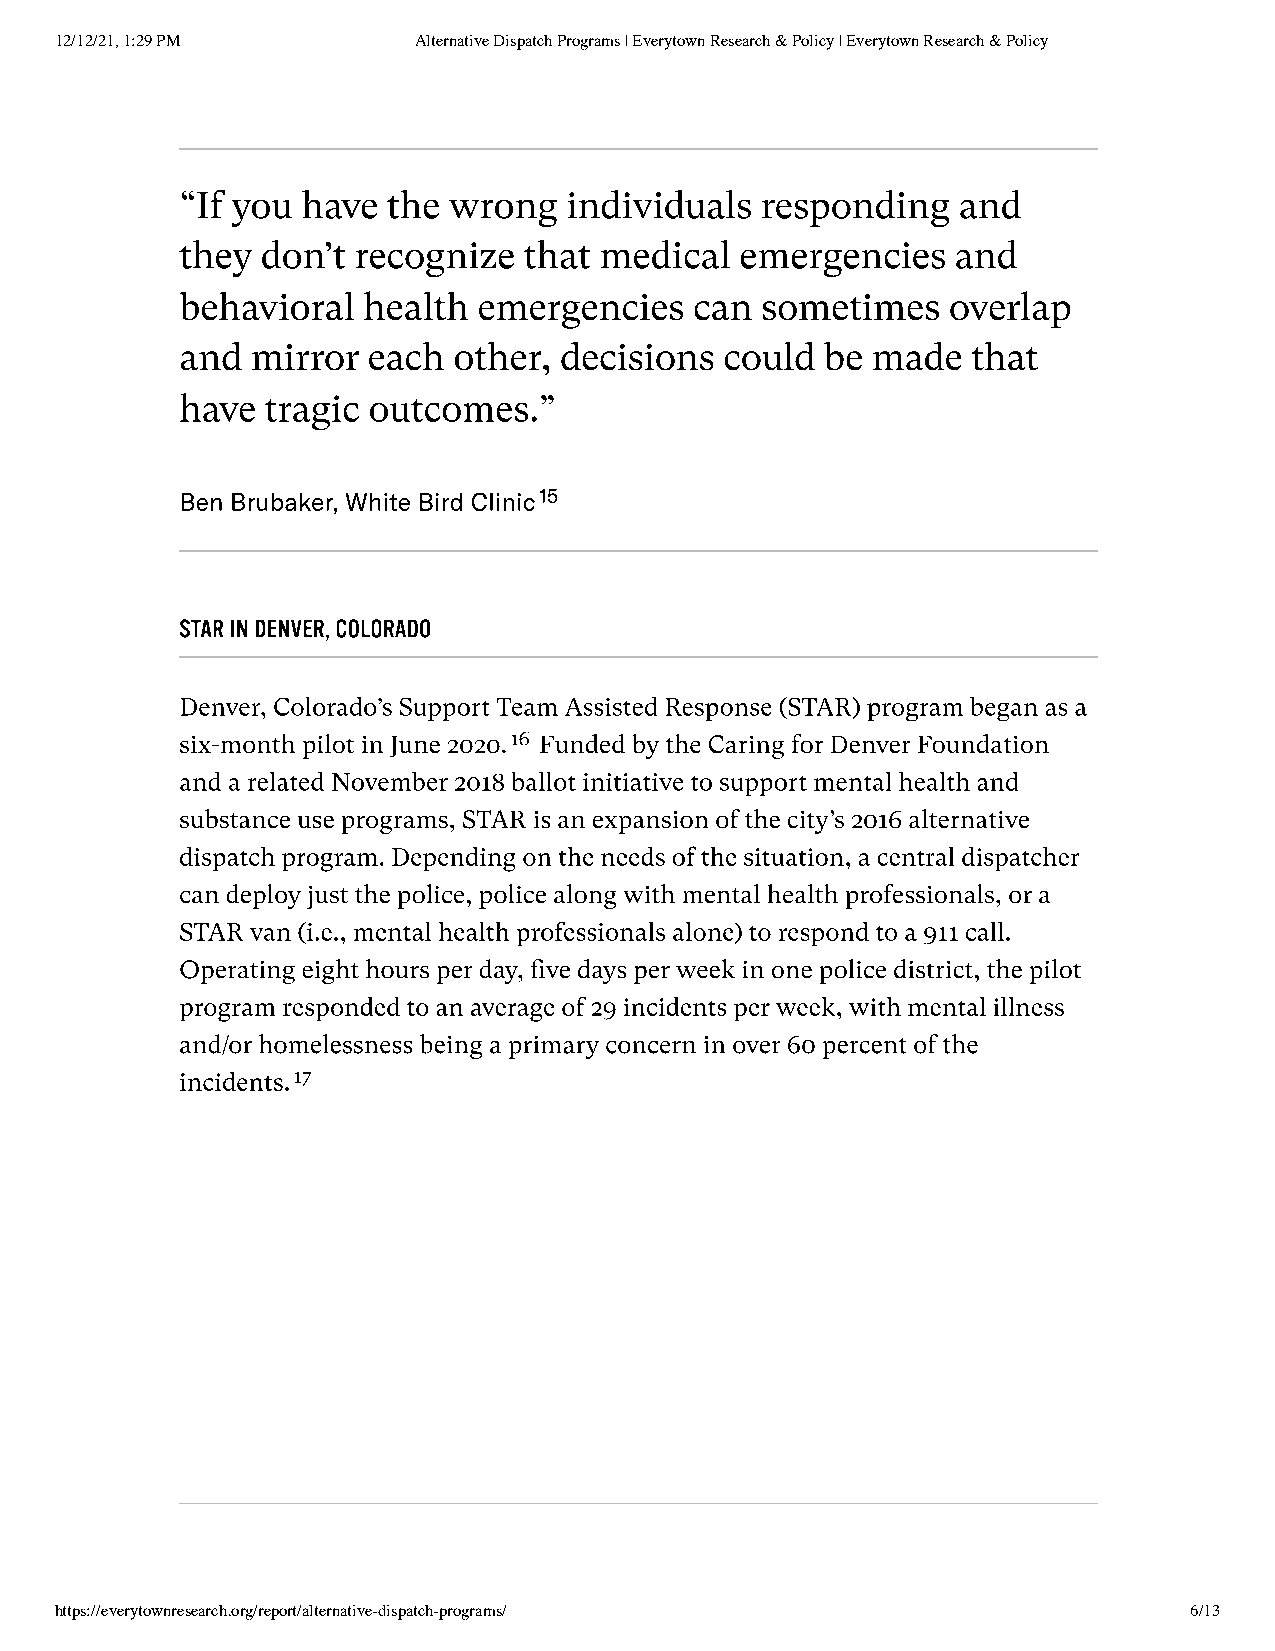
12/12/21, 1:29 PM      Alternative Dispatch Programs | Everytown Research & Policy | Everytown Research & Policy
 “If you have  the wrong  individuals  responding   and
 they don’t recognize   that medical  emergencies   and
 behavioral  health  emergencies   can sometimes    overlap
 and  mirror each  other, decisions  could  be made  that
 have  tragic outcomes.”
 Ben Brubaker, White Bird Clinic15
 STAR IN DENVER, COLORADO
 Denver, Colorado’s Support Team Assisted Response (STAR) program began as a
 six-month pilot in June 2020.16 Funded by the Caring for Denver Foundation
 and a related November 2018 ballot initiative to support mental health and
 substance use programs, STAR is an expansion of the city’s 2016 alternative
 dispatch program. Depending on the needs of the situation, a central dispatcher
 can deploy just the police, police along with mental health professionals, or a
 STAR van (i.e., mental health professionals alone) to respond to a 911 call.
 Operating eight hours per day, five days per week in one police district, the pilot
 program responded to an average of 29 incidents per week, with mental illness
 and/or homelessness being a primary concern in over 60 percent of the
 incidents.17
 https://everytownresearch.org/report/alternative-dispatch-programs/        6/13